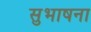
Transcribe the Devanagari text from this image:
सुभाषना